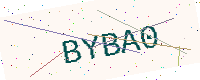
Text: BYBA0